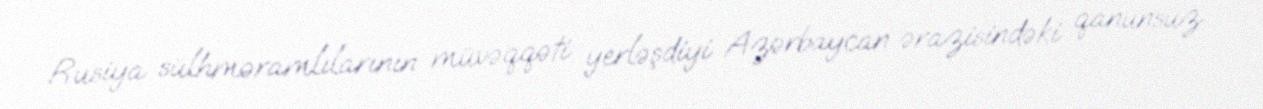
Rusiya sülhməramlılarının müvəqqəti yerləşdiyi Azərbaycan ərazisindəki qanunsuz